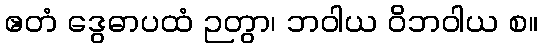
ဧတံ ဒွေဓာပထံ ဉတွာ၊ ဘဝါယ ဝိဘဝါယ စ။